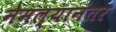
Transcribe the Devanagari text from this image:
नेमल्यानंतर